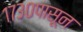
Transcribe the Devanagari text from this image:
१७३०पासून